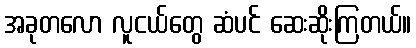
အခုတလော လူငယ်တွေ ဆံပင် ဆေးဆိုးကြတယ်။